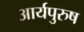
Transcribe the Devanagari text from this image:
आर्यपुरुष